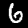
Label: 6